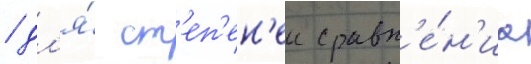
/ дл'я́ ст'еп'ен'еи сравн'е́н'иа